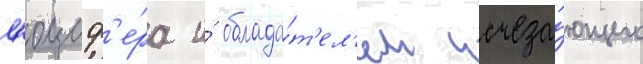
л'юциф'е́ра и́ облада́т'ел'ем исчеза́ющего